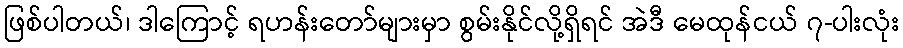
ဖြစ်ပါတယ်၊ ဒါကြောင့် ရဟန်းတော်များမှာ စွမ်းနိုင်လို့ရှိရင် အဲဒီ မေထုန်ငယ် ၇-ပါးလုံး